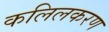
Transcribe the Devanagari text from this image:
कलिलकरण